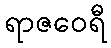
ရာဇဝေရီ